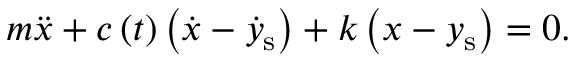
m \ddot { x } + c \left( t \right) \left( \dot { x } - \dot { y } _ { \mathrm { s } } \right) + k \left( x - y _ { \mathrm { s } } \right) = 0 .